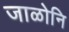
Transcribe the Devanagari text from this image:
जाळोनि